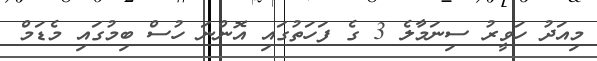
މިއަދު ހަވީރު ސިނަމާލެ 3 ގެ ފަހަތުގައި އޮންނަ ހުސް ބިމުގައި މެޑަމް